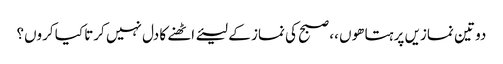
دو تین نمازیں پرہتا ھوں ،، صبح کی نماز کے لیئے اٹھنے کا دل نہیں کرتا کیا کروں؟